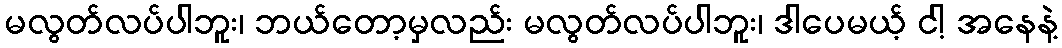
မလွတ်လပ်ပါဘူး၊ ဘယ်တော့မှလည်း မလွတ်လပ်ပါဘူး၊ ဒါပေမယ့် ငါ့ အနေနဲ့